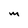
Character: M